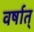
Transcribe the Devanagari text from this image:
वर्षात्